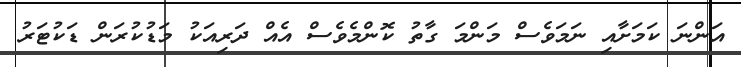
އަންނަ ކަމަށާއި ނަމަވެސް މަންމަ ގާތު ކޮންމެވެސް އެއް ދަރިއަކު މަޑުކުރަން ޑަކުޓަރު